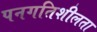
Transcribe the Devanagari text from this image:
पनगतिशीलता